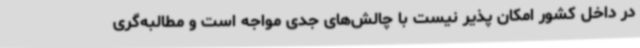
در داخل کشور امکان پذیر نیست با چالش‌های جدی مواجه است و مطالبه‌گری